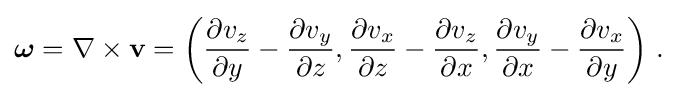
{\begin{aligned}{\boldsymbol {\omega }}=\nabla \times \mathbf {v} =\left({\dfrac {\partial v_{z}}{\partial y}}-{\dfrac {\partial v_{y}}{\partial z}},{\dfrac {\partial v_{x}}{\partial z}}-{\dfrac {\partial v_{z}}{\partial x}},{\dfrac {\partial v_{y}}{\partial x}}-{\dfrac {\partial v_{x}}{\partial y}}\right)\,.\end{aligned}}